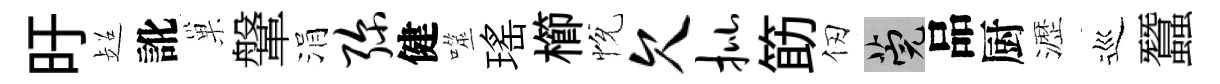
旴超訛巢鞶涓弥健噬瑤櫛恱欠批筯仞筦品厨瀝巡蠶